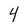
Character: 4